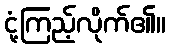
ငုံ့ကြည့်လိုက်၏။